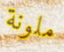
ملونة